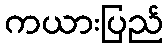
ကယားပြည်